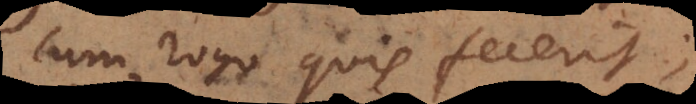
Cum rogo quis fecerit;